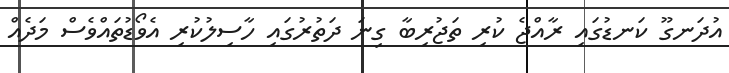
އުދަނގޫ ކަނޑުގައި ރާއްޖެ ކުރި ތަޖުރިބާ ގިނަ ދަތުރުގައި ހާސިލުކުރި އެވޯޑުތައްވެސް މަދެއް